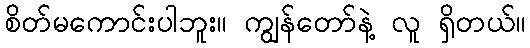
စိတ်မကောင်းပါဘူး။ ကျွန်တော်နဲ့ လူ ရှိတယ်။